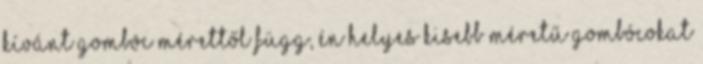
kívánt gombóc mérettől függ, én helyes kisebb méretű gombócokat